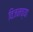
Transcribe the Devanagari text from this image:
विजनच्या